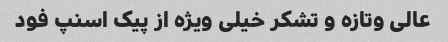
عالی وتازه و تشکر خیلی ویژه از پیک اسنپ فود